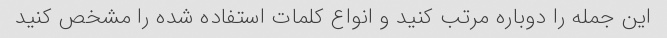
این جمله را دوباره مرتب کنید و انواع کلمات استفاده شده را مشخص کنید